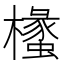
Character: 𭬧